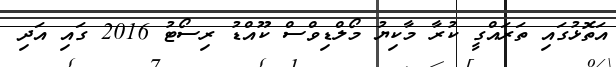
އަތޮޅުގައި ތަރައްގީ ކުރާ މާކިޔު މޯލްޑިވްސް ކޫއްޑު ރިސޯޓު 2016 ގައި އަދި